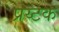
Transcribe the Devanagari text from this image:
प्रय्टक